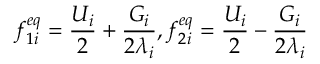
f _ { 1 i } ^ { e q } = \frac { U _ { i } } { 2 } + \frac { G _ { i } } { 2 \lambda _ { i } } , f _ { 2 i } ^ { e q } = \frac { U _ { i } } { 2 } - \frac { G _ { i } } { 2 \lambda _ { i } }